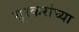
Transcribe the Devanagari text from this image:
सूरकरांच्या